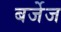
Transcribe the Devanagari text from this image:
बर्जेज